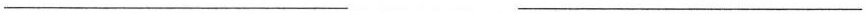
___ ___